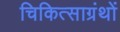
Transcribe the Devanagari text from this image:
चिकित्साग्रंथों